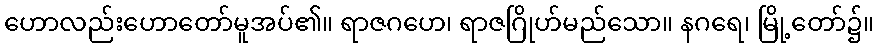
ဟောလည်းဟောတော်မူအပ်၏။ ရာဇဂဟေ၊ ရာဇဂြိုဟ်မည်သော။ နဂရေ၊ မြို့တော်၌။